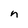
Character: n